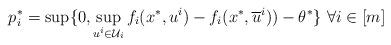
LaTeX: \begin{align*}p^*_i = \sup \{0, \sup_{u^i \in \mathcal{U}_i} f_i(x^*,u^i) - f_i(x^*, \overline{u}^i) )- \theta^* \} \ \forall i \in [m]\end{align*}